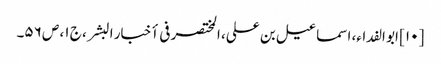
[۱۰] ابو الفداء، اسماعیل بن علی، المختصر فی أخبار البشر، ج ۱، ص ۵۶۔